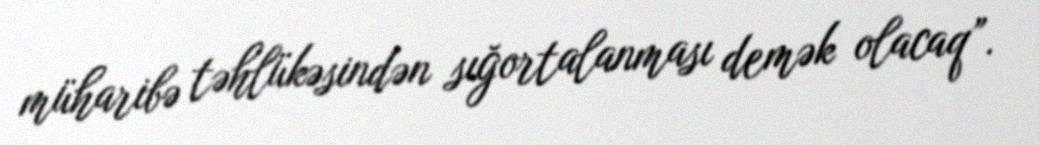
müharibə təhlükəsindən sığortalanması demək olacaq”.